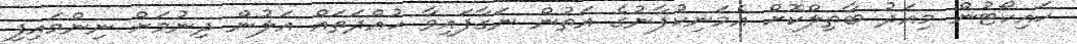
ހައިކޯޓުން މިއަދު ބާތިލްކޮށް އެމަނިކުފާނުގެ އަތުން ނަގާފައިވާ ހުއްދަތައް އަލުން ދިނުމަށް ނިންމައިފި